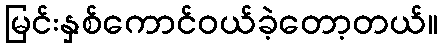
မြင်းနှစ်ကောင်ဝယ်ခဲ့တော့တယ်။